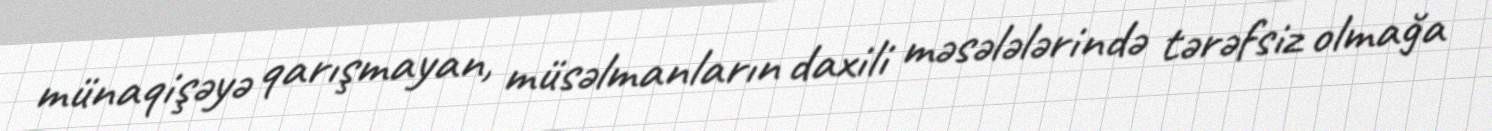
münaqişəyə qarışmayan, müsəlmanların daxili məsələlərində tərəfsiz olmağa